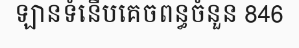
ឡានទំនើបគេចពន្ធចំនួន 846